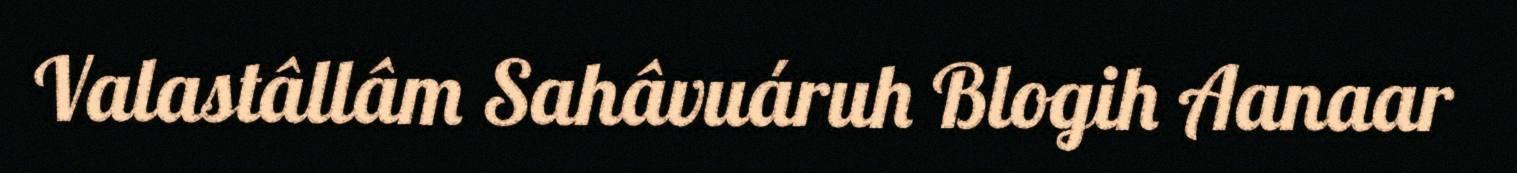
Valastâllâm Sahâvuáruh Blogih Aanaar